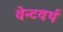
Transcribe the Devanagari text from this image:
वेन्टवर्थ